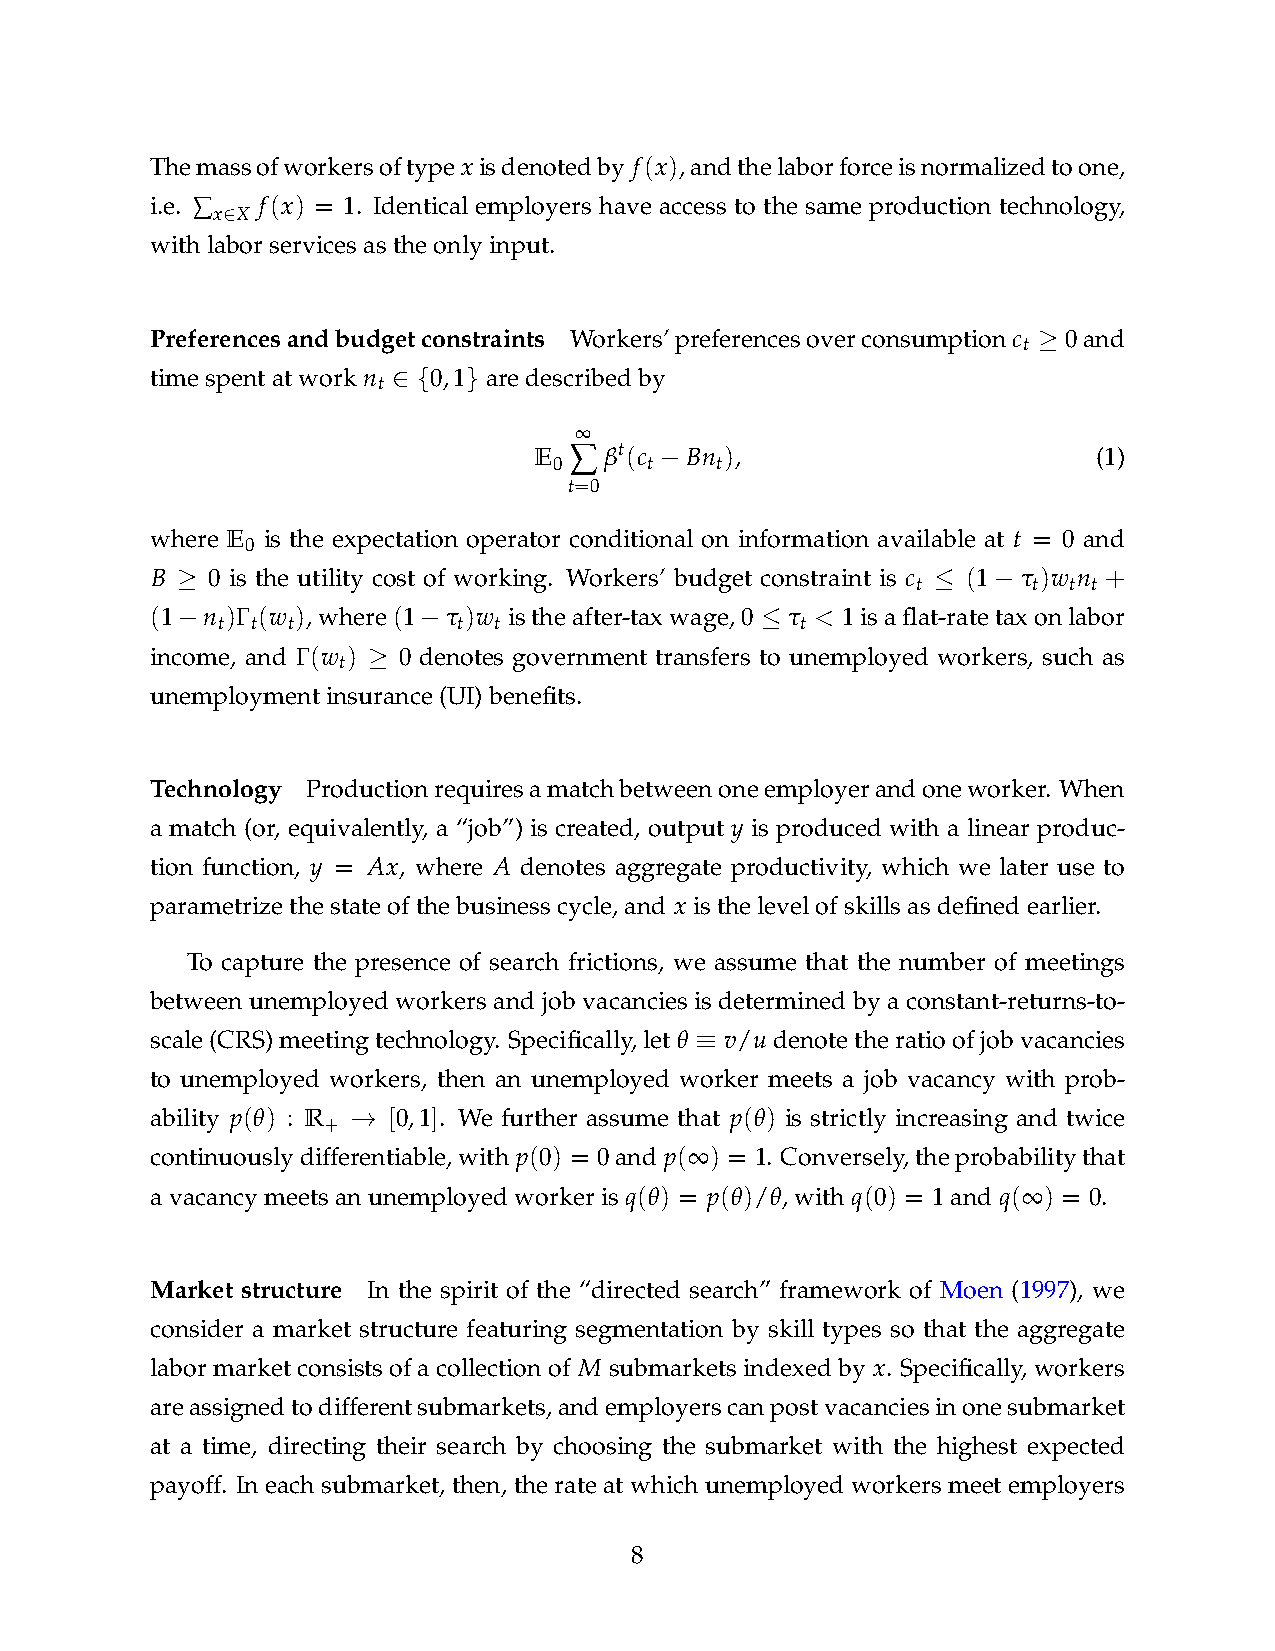
Themassofworkersoftypexisdenotedby f(x),andthelaborforceisnormalizedtoone,
 i.e. ∑ f(x) = 1. Identical employers have access to the same production technology,
 x∈X
 withlaborservicesastheonlyinput.
 Preferencesandbudgetconstraints Workers’preferencesoverconsumptionc ≥ 0and
 t
 timespentatwork n ∈ {0,1} aredescribedby
 t
 ∞
 E  ∑ βt(c −Bn ),                      (1)
 0     t   t
 t=0
 where E is the expectation operator conditional on information available at t = 0 and
 0
 B ≥ 0 is the utility cost of working. Workers’ budget constraint is c ≤ (1−τ)w n +
 t      t  t t
 (1−n )Γ (w ),where(1−τ)w istheafter-taxwage,0 ≤ τ < 1isaflat-ratetaxonlabor
 t  t t          t  t                   t
 income, and Γ(w ) ≥ 0 denotes government transfers to unemployed workers, such as
 t
 unemploymentinsurance(UI)benefits.
 Technology Productionrequiresamatchbetweenoneemployerandoneworker. When
 a match (or, equivalently, a “job”) is created, output y is produced with a linear produc-
 tion function, y = Ax, where A denotes aggregate productivity, which we later use to
 parametrizethestateofthebusinesscycle,and x isthelevelofskillsasdefinedearlier.
 To capture the presence of search frictions, we assume that the number of meetings
 between unemployed workers and job vacancies is determined by a constant-returns-to-
 scale(CRS)meetingtechnology. Specifically,let θ ≡ v/u denotetheratioofjobvacancies
 to unemployed workers, then an unemployed worker meets a job vacancy with prob-
 ability p(θ) : R + → [0,1]. We further assume that p(θ) is strictly increasing and twice
 continuouslydifferentiable,with p(0) = 0and p(∞) = 1. Conversely,theprobabilitythat
 avacancymeetsanunemployedworkeris q(θ) = p(θ)/θ,with q(0) = 1and q(∞) = 0.
 Market structure In the spirit of the “directed search” framework of Moen (1997), we
 consider a market structure featuring segmentation by skill types so that the aggregate
 labor market consists of a collection of M submarkets indexed by x. Specifically, workers
 areassignedtodifferentsubmarkets,andemployerscanpostvacanciesinonesubmarket
 at a time, directing their search by choosing the submarket with the highest expected
 payoff. In each submarket, then, the rate at which unemployed workers meet employers
 8